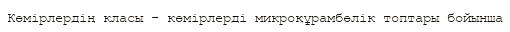
Көмірлердің класы - көмірлерді микроқұрамбөлік топтары бойынша